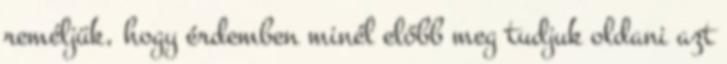
reméljük, hogy érdemben minél előbb meg tudjuk oldani azt